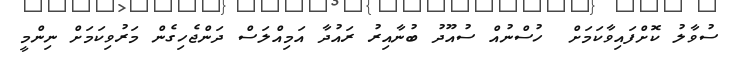
ސުވާލު ކޮށްފައިވާކަމަށް  ހުސްނުއް ސުއޫދު ބުނާއިރު ރައުދާ އަމިއްލަސް ދަންޖެހިގެން މަރުވިކަމަށް ނިންމީ